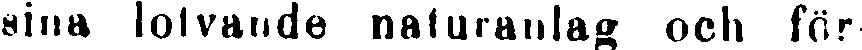
sina lofvande naturanlag och för-